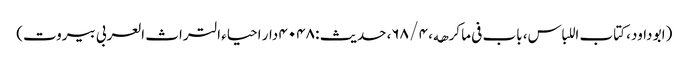
(ابو داود، کتاب اللباس، باب فی ما کرھه، ۴ / ۶۸، حدیث : ۴۰۴۸ دار احیاء التراث العربی بیروت)